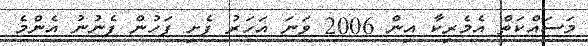
މަސައްކަތް އެމެރިކާ އިން 2006 ވަނަ އަހަރު ފެށި ފަހުން ފެނުނު އެންމެ